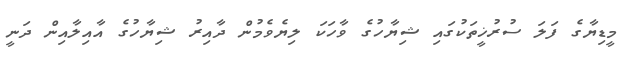
މީޑިޔާގެ ފަލަ ސުރުޚީތަކުގައި ޝިޔާހުގެ ވާހަކަ ލިޔެވެމުން ދާއިރު ޝިޔާހުގެ އާއިލާއިން ދަނީ